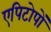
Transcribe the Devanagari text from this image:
एपिटोपों